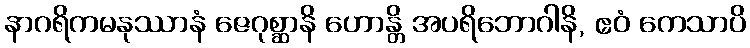
နာဂရိကမနုဿာနံ ဇေဂုစ္ဆာနိ ဟောန္တိ အပရိဘောဂါနိ, ဧဝံ ကေသာပိ